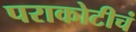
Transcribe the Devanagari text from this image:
पराकोटीचं